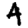
Digit: 4